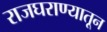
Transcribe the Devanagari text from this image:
राजघराण्यातून